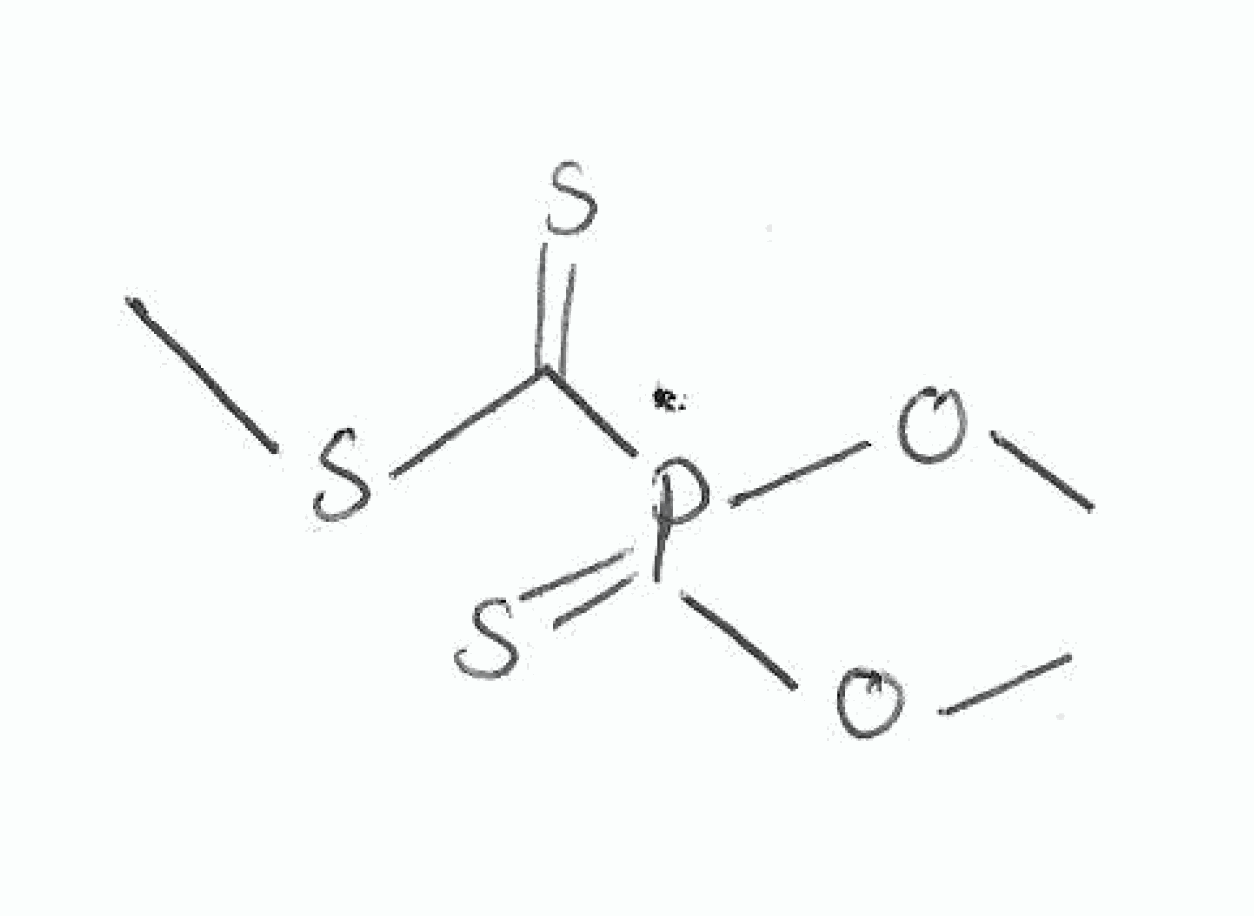
Simplified molecular-input line-entry system (SMILES) notation of the given molecule:
COP(=S)(C(=S)SC)OC